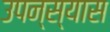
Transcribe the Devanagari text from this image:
उपन्स्यास